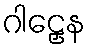
ဂါဠှေန